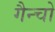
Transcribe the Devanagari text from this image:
गैन्चो